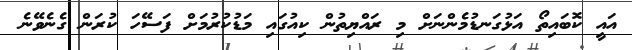
އައީ ކޮބައިތޯ އަޅުގަނޑުމެންނަށް މި ރައްޔިތުން ކިއުގައި މަޑުކުރުމަށް ފަސޭހަ ކުރަން ގެނެވޭނެ